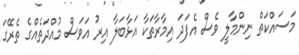
މަސައްކަތް ނިންމާލީ ވެސް އެފަދަ އިމާރާތަކާ އަޅާބަލާ އިރު އަވަސް މުއްދަތެއްގެ ތެރޭގަ